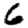
Digit: 6